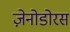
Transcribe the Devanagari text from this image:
ज़ेनोडोरस